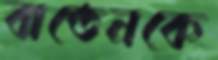
বাতেনকে